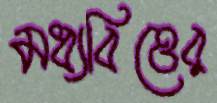
মধ্যবিত্তের